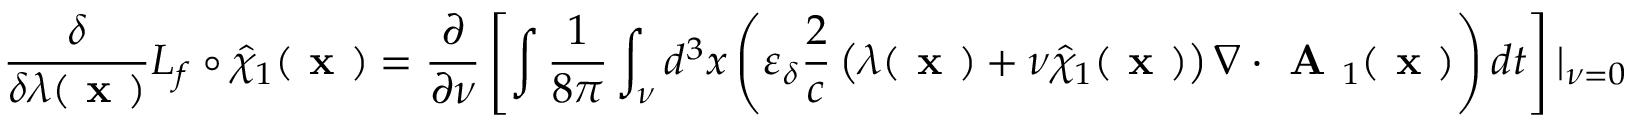
\frac { \delta } { \delta \lambda ( \textbf { x } ) } { \cal L } _ { f } \circ \hat { \chi } _ { 1 } ( \textbf { x } ) = \frac { \partial } { \partial \nu } \left[ \intop \frac { 1 } { 8 \pi } \int _ { \nu } d ^ { 3 } x \left( \varepsilon _ { \delta } \frac { 2 } { c } \left( \lambda ( \textbf { x } ) + \nu \hat { \chi } _ { 1 } ( \textbf { x } ) \right) \nabla \boldsymbol { \cdot } \textbf { A } _ { 1 } ( \textbf { x } ) \right) d t \right] | _ { \nu = 0 }